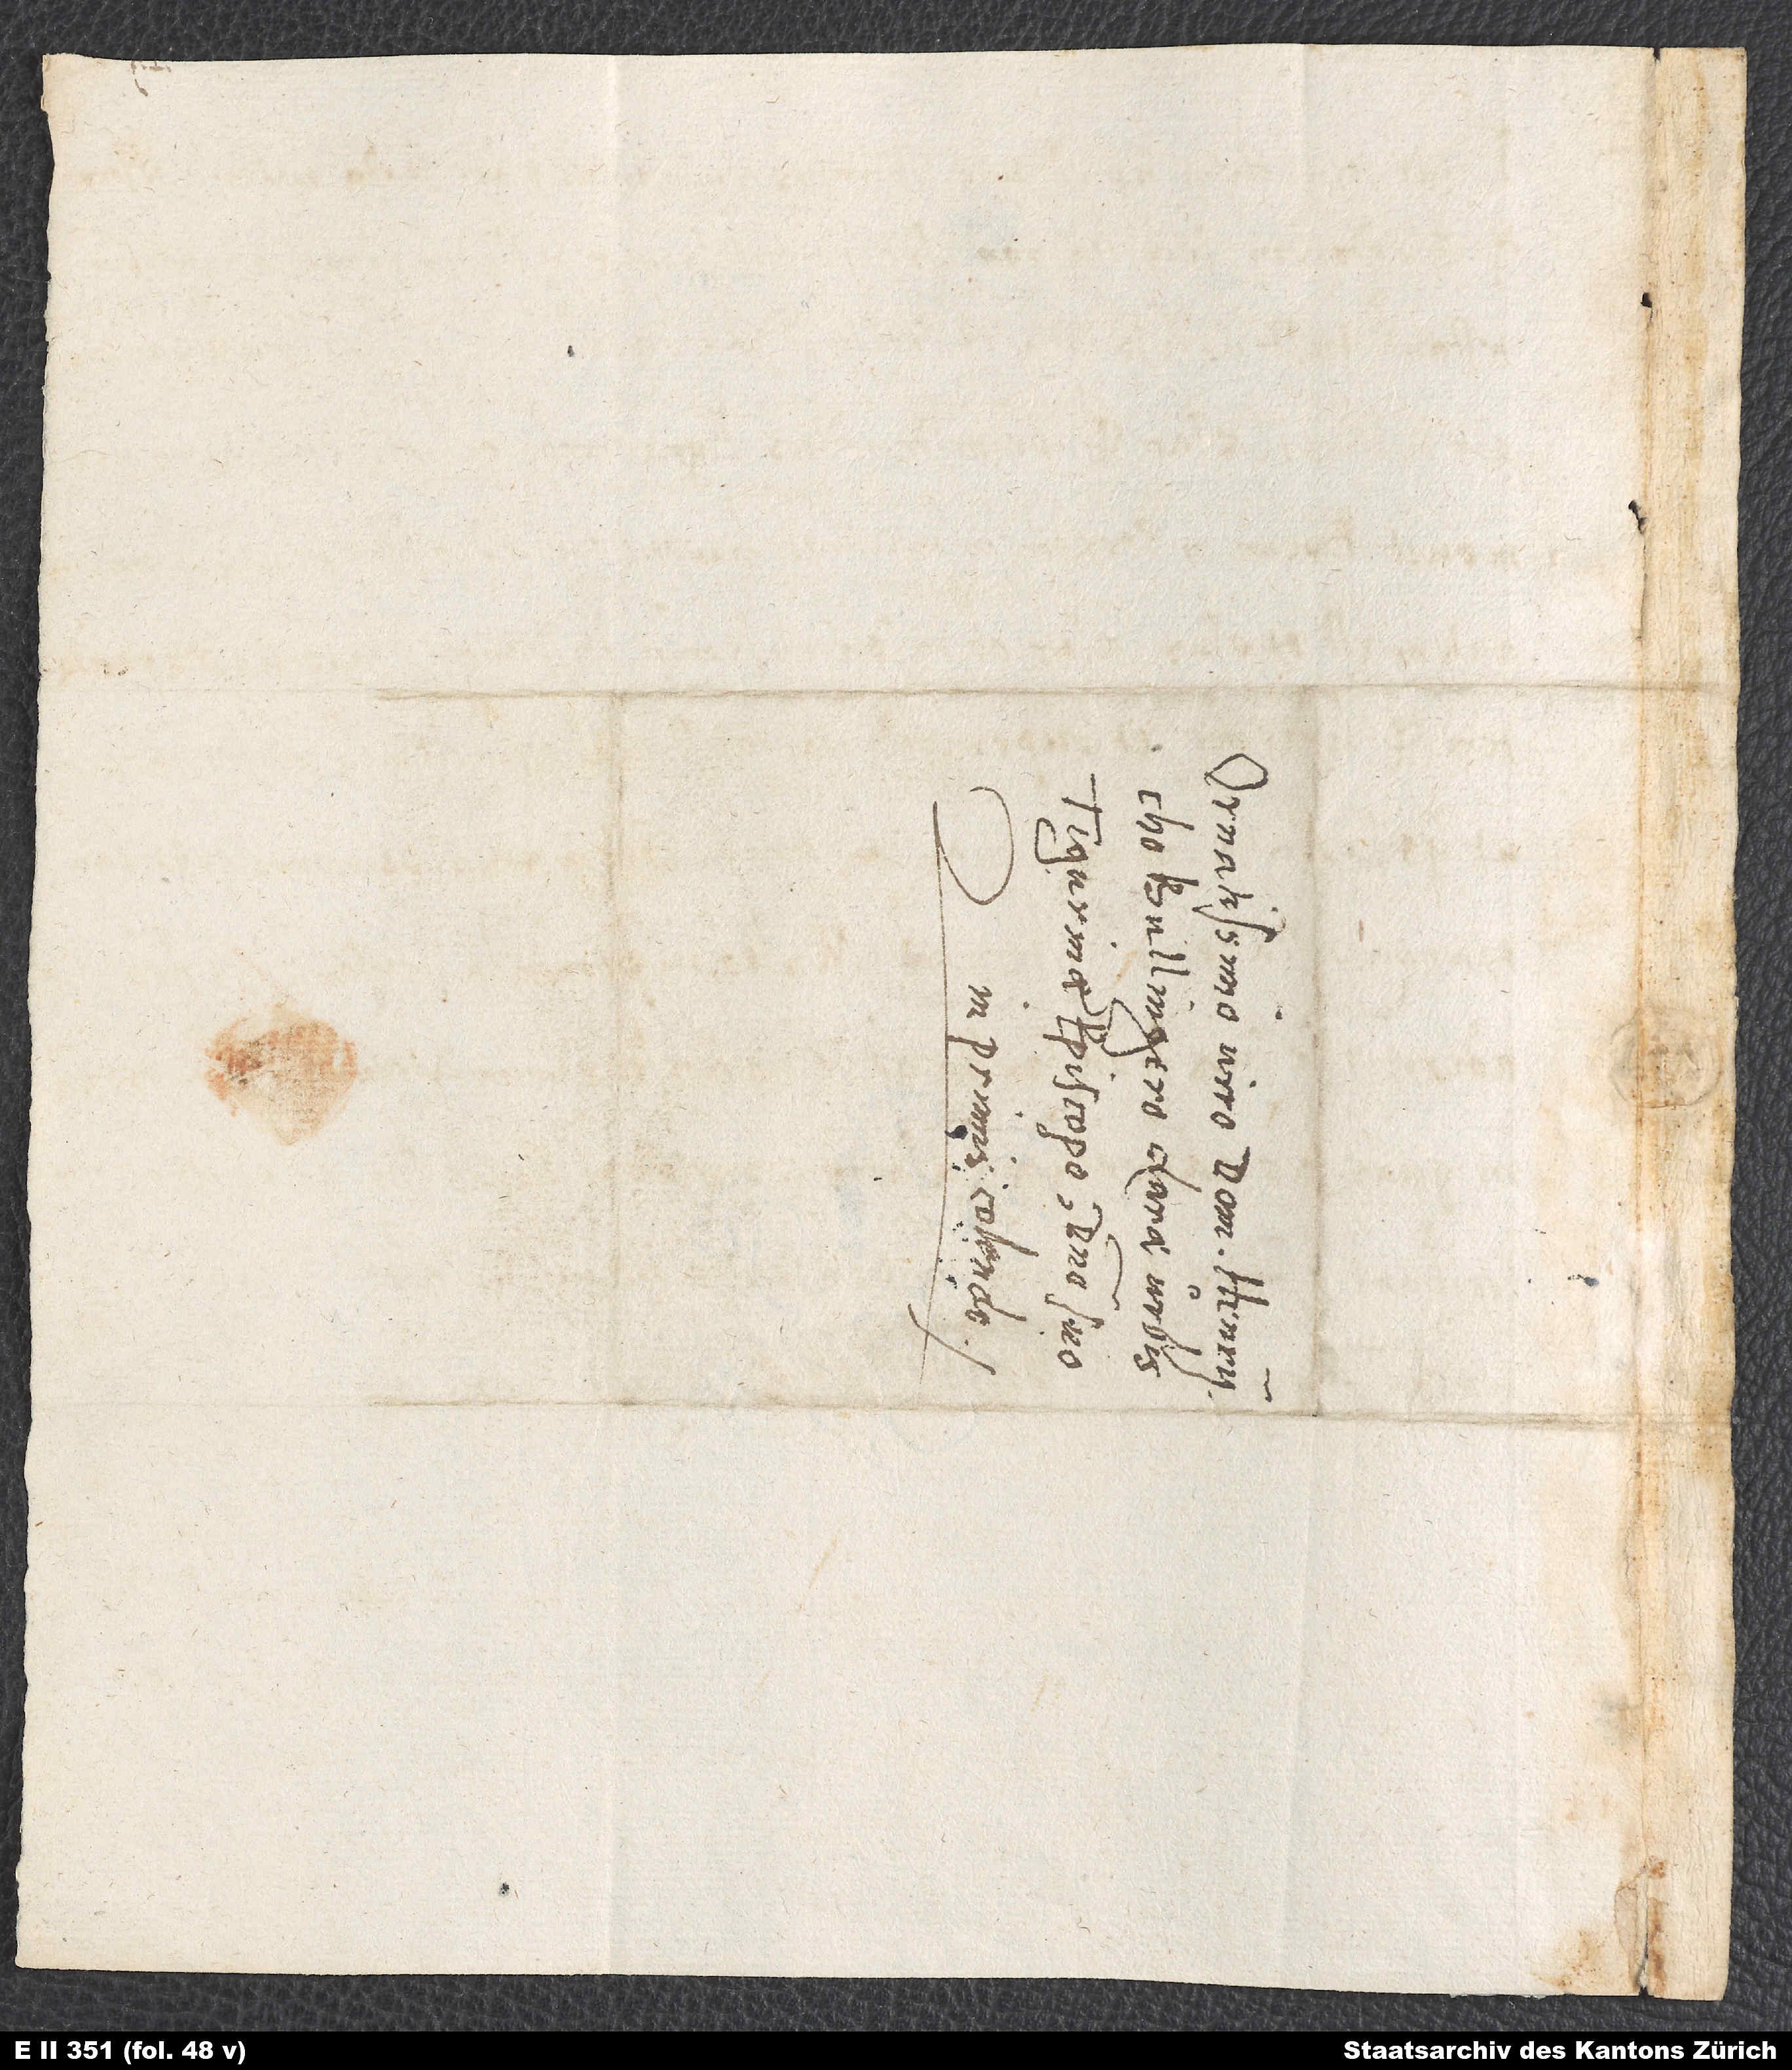
ad

S.